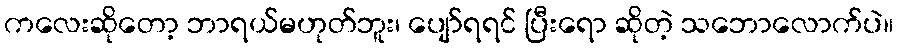
ကလေးဆိုတော့ ဘာရယ်မဟုတ်ဘူး၊ ပျော်ရရင် ပြီးရော ဆိုတဲ့ သဘောလောက်ပဲ။